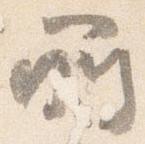
所